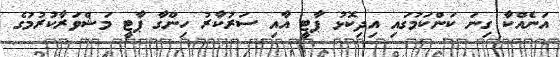
އަނެއްކާ ގިނަ ކަންކަމުގައި އިދިކޮޅު ޕާޓީ އާއި ސަރުކާރު ހިންގާ ޕާޓީ މަޝްވަރާކުރުމުގެ